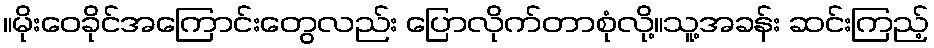
။မိုးဝေခိုင်အကြောင်းတွေလည်း ပြောလိုက်တာစုံလို့။သူ့အခန်း ဆင်းကြည့်